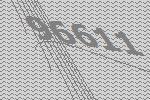
96611